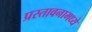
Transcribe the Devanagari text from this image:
प्रस्तावनामध्ये